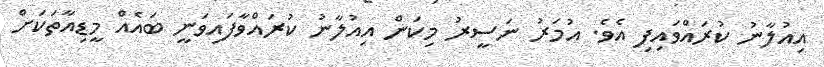
އިއުލާނު ކުރައްވައިފި އެވެ. އުމަރު ނަސީރު މިކަން އިއުލާނު ކުރައްވާފައިވަނީ ބައެއް މީޑިއާތަކަށް